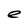
Character: e